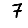
Digit: 7